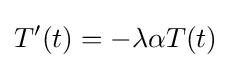
T'(t)=-\lambda \alpha T(t)